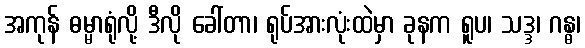
အကုန် ဓမ္မာရုံလို့ ဒီလို ခေါ်တာ၊ ရုပ်အားလုံးထဲမှာ ခုနက ရူပ၊ သဒ္ဒ၊ ဂန္ဓ၊